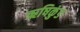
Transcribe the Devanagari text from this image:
ऋषिकुंड